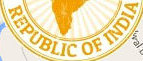
REPUBLIC OF INDIA